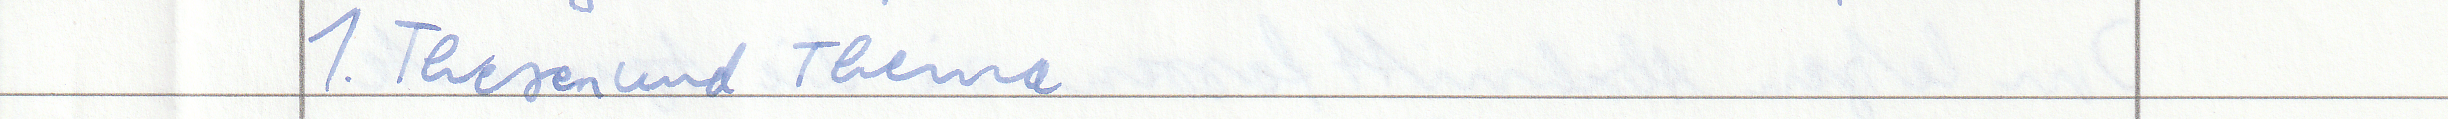
1. Thesen und Thema